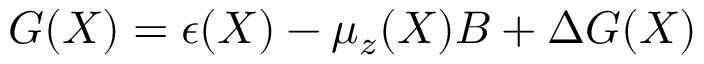
G ( X ) = \epsilon ( X ) - \mu _ { z } ( X ) B + \Delta G ( X )